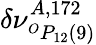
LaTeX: \delta\nu_{^{O}P_{12}(9)}^{A,172}